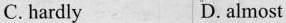
C.hardly D. almost